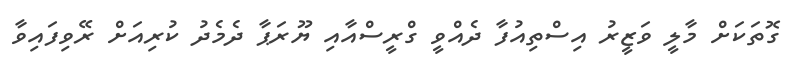
ގޮތަކަށް މާލީ ވަޒީރު އިސްތިއުފާ ދެއްވީ ގްރީސްއާއި ޔޫރަޕާ ދެމެދު ކުރިއަށް ރޭވިފައިވާ